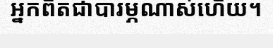
អ្នកពិតជាបារម្ភណាស់ហើយ។